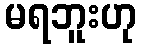
မရဘူးဟု